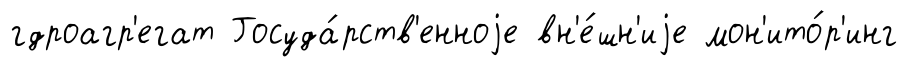
гдроагр'егат Госуда́рств'енноjе вн'е́шн'иjе мон'ито́р'инг